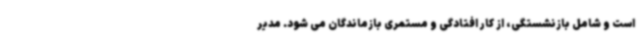
است و شامل بازنشستگی، از کار افتادگی و مستمری بازماندگان می شود. مدیر